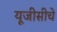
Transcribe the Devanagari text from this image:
यूजीसीचे